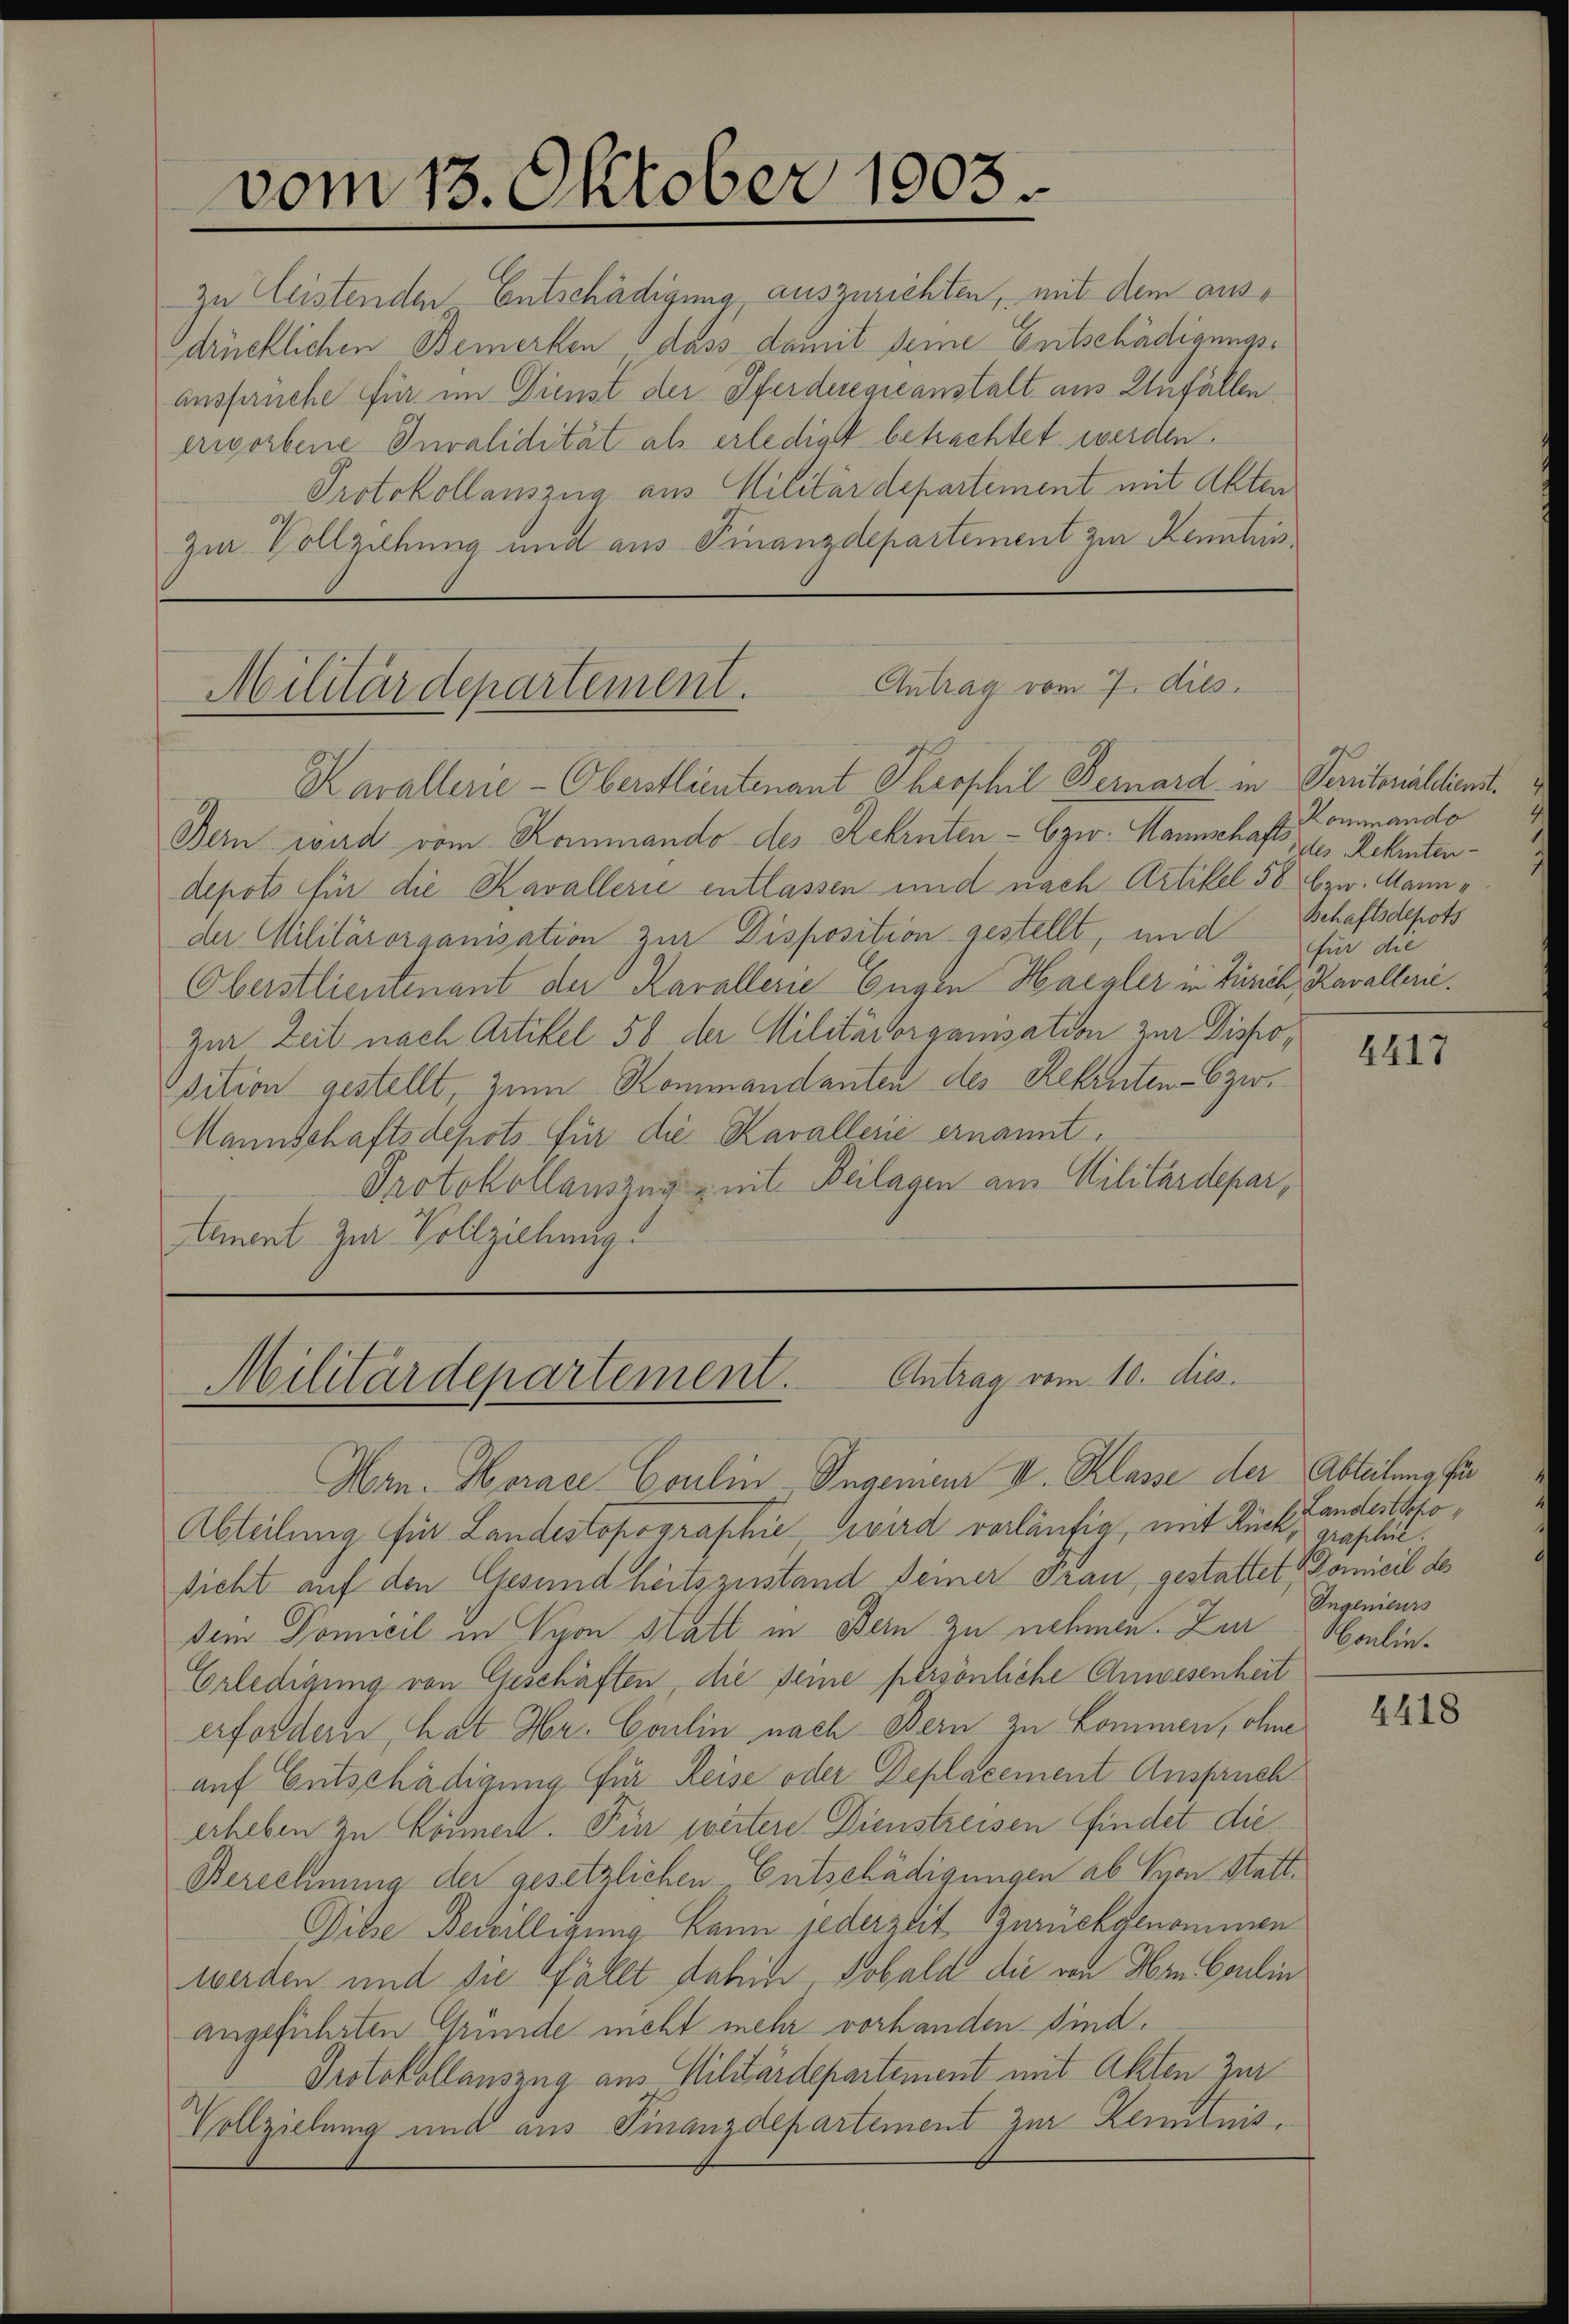
vom 13. Oktober 1803

drücklichen Bemerken dass damit seine Entschädigungsanspruche für im Dienst der Pferderegieanstalt aus Unfällen
erworbene Invalidität als erlediget betrachtet werden.
Protokollauszug aus Militärdepartement mit Akten
zur Vollziehung und aus Finanzdepartement zur Kennten¬

zu leistenden Entschädigung auszurichten, mit dem aus¬

Militärdepartement. Antrag vom 7. dies

Kavallerie-Oberstlieutenant Throphil Bernard in Peritorialdienst
Bern wird vom Kommando des Rekruten - bzw. Hanschafts-, 2. Zehntendepots für die Kavallerie entlassen und nach Artikel 58 bzw. Mann
der Militärorganisation zur Disposition gestellt, und
Oberstliemenant der Karallerie Engen Haegler in Zürich, Kavalleri
zur Zeit nach Artikel 56 der Militärorganisation zur Dispoosition gestellt, zum Kommandanten des Rekruten - bzw.
Mannschaftsdepots für die Kavallerie ernannt.
Protokollauszug mit Beilagen am Militärdepartanent zur Vollziehung.

Antrag vom 10. dies
Militärdepartement.

Hern. Horace Coulin-Ingenieur II. Klasse der Abteilung für
Abteilung für Landestopographie wird vorläufig, mit Rück, draplie.
sicht auf den Gesundheitszustand Deiner Grau, gestattet Domicil des
dein Domicil in Vyon statt in Bern zu nehmen. Zur Moulin¬
Erledigung von Geschäften, die seine persönliche Anwesenheit
erfordern, hat Hr. Coulin nach Bern zu kommen, ohne
auf Entschädigung für Reise oder Deplacement Anspruch
erheben zu könnerl. Für weitere Dienstreisen findet die
Berechnung der gesetzlichen Entschädigungen ab Syon Statt¬
Dibe Bewilligung kann jederzeit Zurückgenommen
werden und sie fällt dahin, Sobald die von Hrn. Coulin
angeführten Gründe nicht mehr vorhanden sind.
Protokollauszug aus Militärdepartement mit Akten zur
Vollziehung und aus Finanzdepartement zur Kenntnis.

Kommando
Behaftsdepots
für die

4417

Landestocho
Ingenieurs

2418